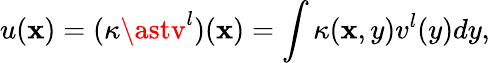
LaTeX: u(\mathbf{x})=(\kappa\astv^{l})(\mathbf{x})=\int\kappa(\mathbf{x},y)v^{l}(y)dy,